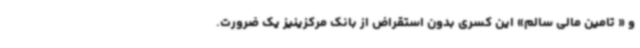
و « تامین مالی سالم» این کسری بدون استقراض از بانک مرکزینیز یک ضرورت.